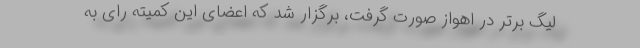
لیگ برتر در اهواز صورت گرفت، برگزار شد که اعضای این کمیته رای به